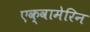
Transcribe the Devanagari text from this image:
एक्वामेरिन